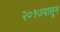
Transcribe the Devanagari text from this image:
२०१७पासून